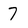
Character: 7